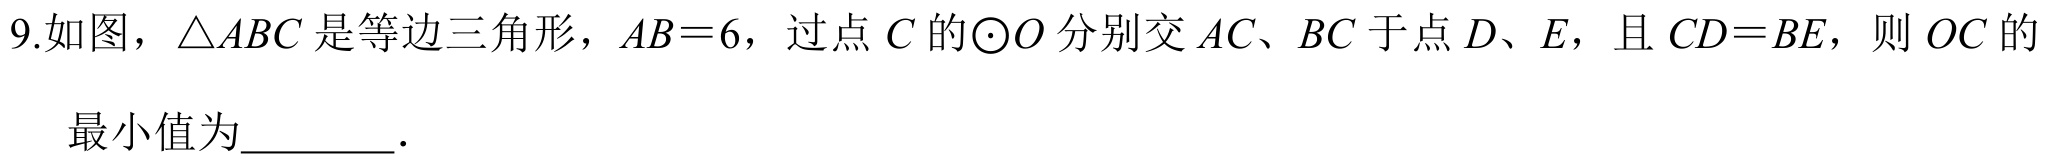
9.如图，$\triangle ABC$是等边三角形，$AB = 6$，过点$C$的$\odot O$分别交$AC$、$BC$于点$D$、$E$，且$CD = BE$，则$OC$的
最小值为________．